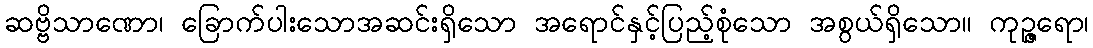
ဆဗ္ဗိသာဏော၊ ခြောက်ပါးသောအဆင်းရှိသော အရောင်နှင့်ပြည့်စုံသော အစွယ်ရှိသော။ ကုဉ္ဇရော၊